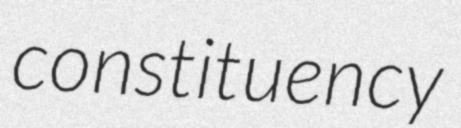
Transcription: constituency